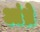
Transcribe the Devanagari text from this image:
आंध्रे